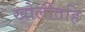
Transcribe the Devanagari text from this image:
खोलींतहि